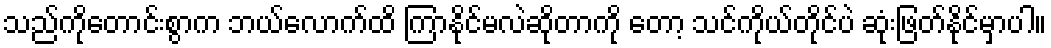
သည်ကိုတောင်းစွာက ဘယ်လောက်ထိ ကြာနိုင်မလဲဆိုတာကို တော့ သင်ကိုယ်တိုင်ပဲ ဆုံးဖြတ်နိုင်မှာပါ။